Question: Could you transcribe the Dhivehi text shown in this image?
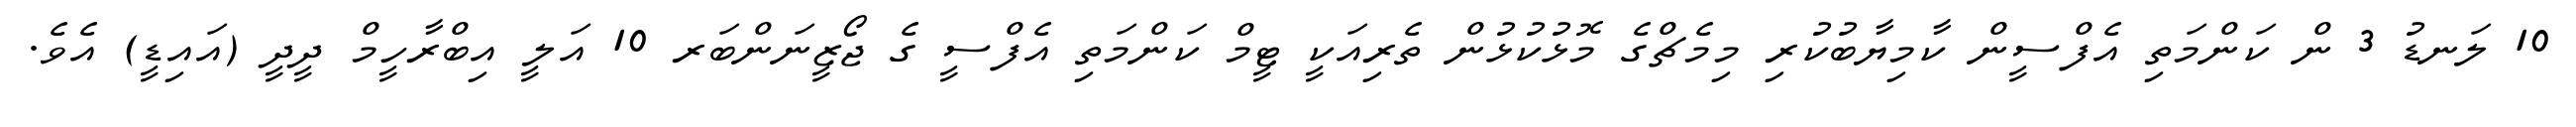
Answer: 10 ލަނޑު 3 ން ކަންމަތި އެފްސީން ކާމިޔާބުކުރި މިމެޗްގެ މޮޅުކުޅުން ތެރިއަކީ ޓީމް ކަންމަތި އެފްސީ ގެ ޖޯޒީނަންބަރ 10 އަލީ އިބްރާހީމް ދީދީ (އައިޑީ) އެވެ.